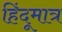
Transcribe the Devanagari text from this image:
हिंदूमात्र